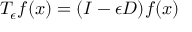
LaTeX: T _ { \epsilon } f ( x ) = ( I - \epsilon D ) f ( x )